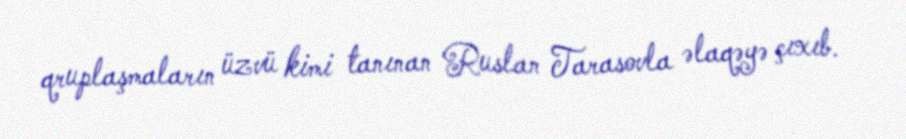
qruplaşmaların üzvü kimi tanınan Ruslan Tarasovla əlaqəyə çıxıb.